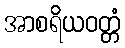
အာစရိယဝတ္တံ